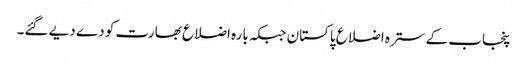
پنجاب کے سترہ اضلاع پاکستان جبکہ بارہ اضلاع بھارت کو دے دیے گئے۔